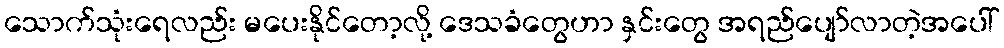
သောက်သုံးရေလည်း မပေးနိုင်တော့လို့ ဒေသခံတွေဟာ နှင်းတွေ အရည်ပျော်လာတဲ့အပေါ်